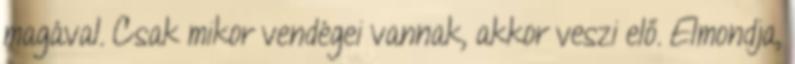
magával. Csak mikor vendégei vannak, akkor veszi elő. Elmondja,